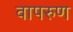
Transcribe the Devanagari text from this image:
वापरुण